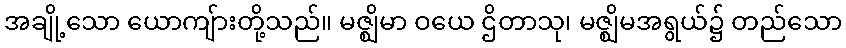
အချို့သော ယောကျ်ားတို့သည်။ မဇ္ဈိမာ ဝယေ ဌိတာသု၊ မဇ္ဈိမအရွယ်၌ တည်သော